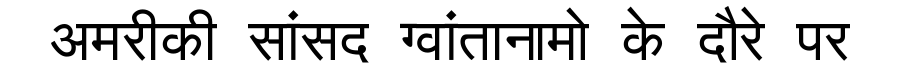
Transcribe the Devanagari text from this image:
अमरीकी सांसद ग्वांतानामो के दौरे पर